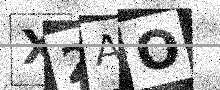
Text: X2AO